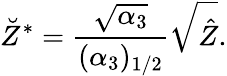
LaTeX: \breve{Z}^{\ast}=\frac{\sqrt{\alpha_{3}}}{(\alpha_{3})_{1/2}}\sqrt{\hat{Z}}.